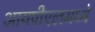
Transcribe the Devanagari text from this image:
आयपीएलमध्ये